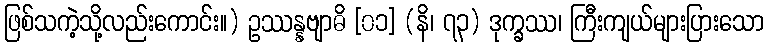
ဖြစ်သကဲ့သို့လည်းကောင်း။) ဥဿန္နဗျာဓိ [၀၁] (နိ၊ ၇၃) ဒုက္ခဿ၊ ကြီးကျယ်များပြားသော